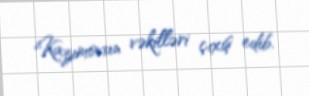
Kazımovun vəkilləri çıxış edib.